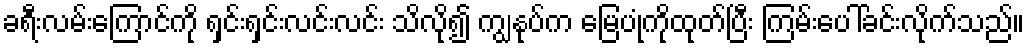
ခရီးလမ်းကြောင်ကို ရှင်းရှင်းလင်းလင်း သိလို၍ ကျွနုပ်က မြေပုံကိုထုတ်ပြီး ကြမ်းပေါ်ခင်းလိုက်သည်။